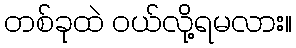
တစ်ခုထဲ ဝယ်လို့ရမလား။